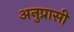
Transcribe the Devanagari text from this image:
अनुप्रासी